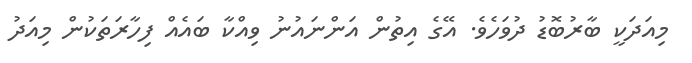
މިއަަދަކީ ބާރުބޮޑު ދުވަހެވެ. އޭގެ އިތުން އަންނައުނު ވިއްކާ ބައެއް ފިހާރަތަކުން މިއަދު